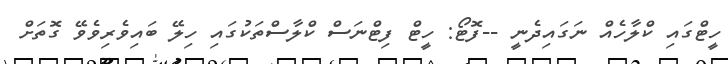
ހީޓްގައި ކްލާހެއް ނަގައިދެނީ --ފޮޓޯ: ހީޓް ފިޓްނަސް ކްލާސްތަކުގައި ހިލޭ ބައިވެރިވެވޭ ގޮތަށް